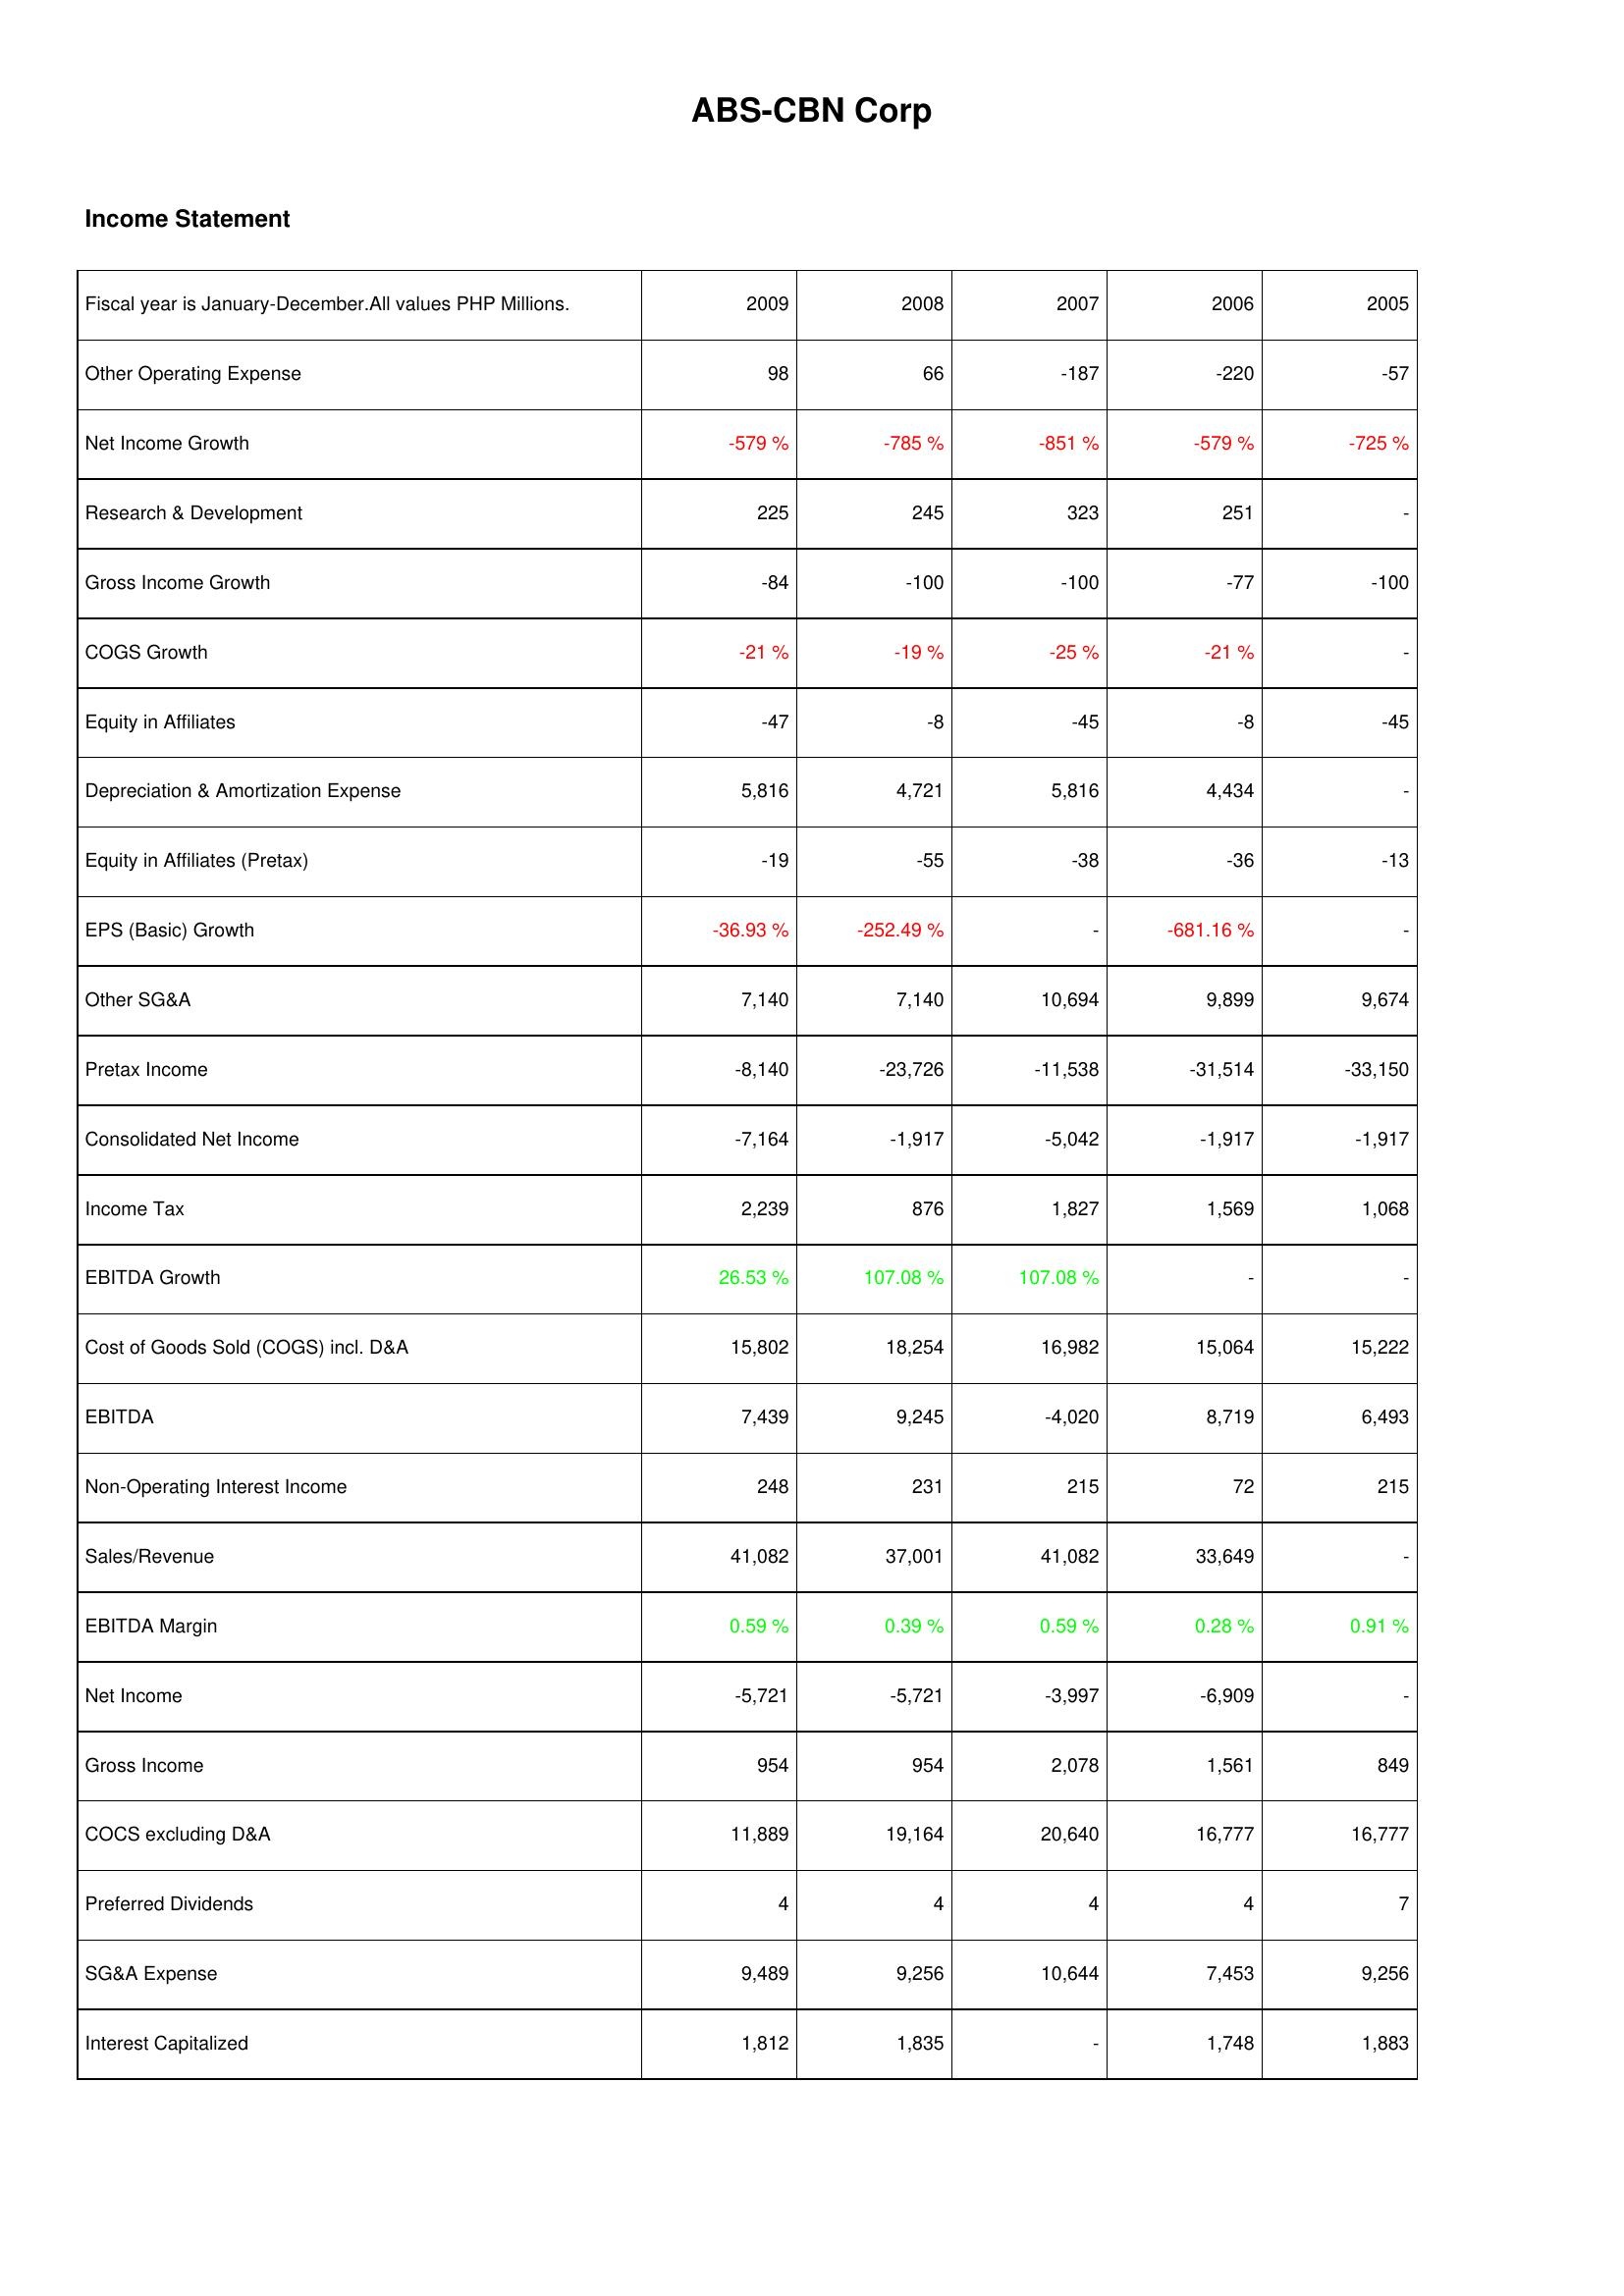
2009: Income Statement: Other Operating Expense: 98
Net Income Growth: -579 %
Research & Development: 225
Gross Income Growth: -84
COGS Growth: -21 %
Equity in Affiliates: -47
Depreciation & Amortization Expense: 5,816
Equity in Affiliates (Pretax): -19
EPS (Basic) Growth: -36.93 %
Other SG&A: 7,140
Pretax Income: -8,140
Consolidated Net Income: -7,164
Income Tax: 2,239
EBITDA Growth: 26.53 %
Cost of Goods Sold (COGS) incl. D&A: 15,802
EBITDA: 7,439
Non-Operating Interest Income: 248
Sales/Revenue: 41,082
EBITDA Margin: 0.59 %
Net Income: -5,721
Gross Income: 954
COCS excluding D&A: 11,889
Preferred Dividends: 4
SG&A Expense: 9,489
Interest Capitalized: 1,812
2008: Income Statement: Other Operating Expense: 66
Net Income Growth: -785 %
Research & Development: 245
Gross Income Growth: -100
COGS Growth: -19 %
Equity in Affiliates: -8
Depreciation & Amortization Expense: 4,721
Equity in Affiliates (Pretax): -55
EPS (Basic) Growth: -252.49 %
Other SG&A: 7,140
Pretax Income: -23,726
Consolidated Net Income: -1,917
Income Tax: 876
EBITDA Growth: 107.08 %
Cost of Goods Sold (COGS) incl. D&A: 18,254
EBITDA: 9,245
Non-Operating Interest Income: 231
Sales/Revenue: 37,001
EBITDA Margin: 0.39 %
Net Income: -5,721
Gross Income: 954
COCS excluding D&A: 19,164
Preferred Dividends: 4
SG&A Expense: 9,256
Interest Capitalized: 1,835
2007: Income Statement: Other Operating Expense: -187
Net Income Growth: -851 %
Research & Development: 323
Gross Income Growth: -100
COGS Growth: -25 %
Equity in Affiliates: -45
Depreciation & Amortization Expense: 5,816
Equity in Affiliates (Pretax): -38
EPS (Basic) Growth: -
Other SG&A: 10,694
Pretax Income: -11,538
Consolidated Net Income: -5,042
Income Tax: 1,827
EBITDA Growth: 107.08 %
Cost of Goods Sold (COGS) incl. D&A: 16,982
EBITDA: -4,020
Non-Operating Interest Income: 215
Sales/Revenue: 41,082
EBITDA Margin: 0.59 %
Net Income: -3,997
Gross Income: 2,078
COCS excluding D&A: 20,640
Preferred Dividends: 4
SG&A Expense: 10,644
Interest Capitalized: -
2006: Income Statement: Other Operating Expense: -220
Net Income Growth: -579 %
Research & Development: 251
Gross Income Growth: -77
COGS Growth: -21 %
Equity in Affiliates: -8
Depreciation & Amortization Expense: 4,434
Equity in Affiliates (Pretax): -36
EPS (Basic) Growth: -681.16 %
Other SG&A: 9,899
Pretax Income: -31,514
Consolidated Net Income: -1,917
Income Tax: 1,569
EBITDA Growth: -
Cost of Goods Sold (COGS) incl. D&A: 15,064
EBITDA: 8,719
Non-Operating Interest Income: 72
Sales/Revenue: 33,649
EBITDA Margin: 0.28 %
Net Income: -6,909
Gross Income: 1,561
COCS excluding D&A: 16,777
Preferred Dividends: 4
SG&A Expense: 7,453
Interest Capitalized: 1,748
2005: Income Statement: Other Operating Expense: -57
Net Income Growth: -725 %
Research & Development: -
Gross Income Growth: -100
COGS Growth: -
Equity in Affiliates: -45
Depreciation & Amortization Expense: -
Equity in Affiliates (Pretax): -13
EPS (Basic) Growth: -
Other SG&A: 9,674
Pretax Income: -33,150
Consolidated Net Income: -1,917
Income Tax: 1,068
EBITDA Growth: -
Cost of Goods Sold (COGS) incl. D&A: 15,222
EBITDA: 6,493
Non-Operating Interest Income: 215
Sales/Revenue: -
EBITDA Margin: 0.91 %
Net Income: -
Gross Income: 849
COCS excluding D&A: 16,777
Preferred Dividends: 7
SG&A Expense: 9,256
Interest Capitalized: 1,883